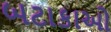
બટાકાઓ